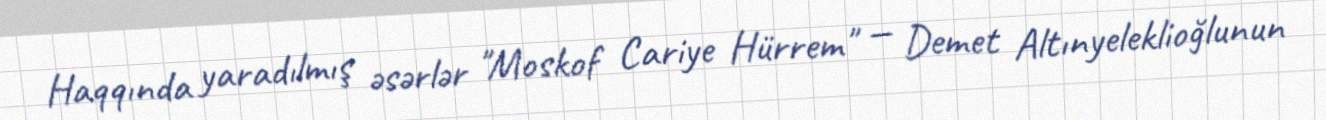
Haqqında yaradılmış əsərlər "Moskof Cariye Hürrem" — Demet Altınyeleklioğlunun